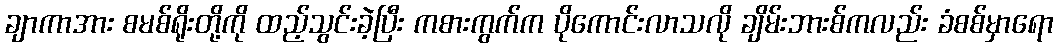
ချာကာအား စမစ်ရိုးတို့ကို ထည့်သွင်းခဲ့ပြီး ကစားကွက်က ပိုကောင်းလာသလို ချိမ်းဘားစ်ကလည်း ခံစစ်မှာရော